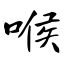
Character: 喉